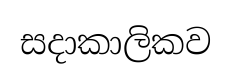
සදාකාලිකව